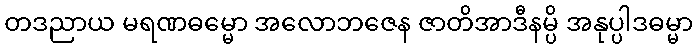
တဒညာယ မရဏဓမ္မော အလောဘဇေန ဇာတိအာဒီနမ္ပိ အနုပ္ပါဒဓမ္မာ